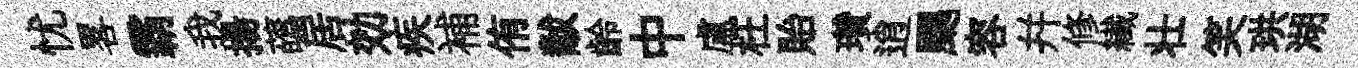
忧畧霸我揚蘤居効疾補侑黻齡中盧枉貽瓚逍颸容幷修纎壮笑珙湖